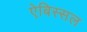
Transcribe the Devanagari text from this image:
ऐबिस्सल